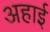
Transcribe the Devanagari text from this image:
अहाई